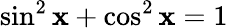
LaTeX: \sin^{2}\mathbf{x}+\cos^{2}\mathbf{x}=1